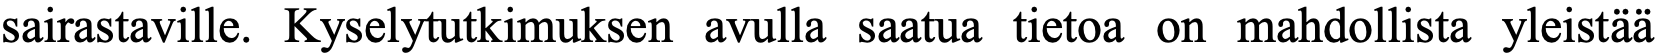
sairastaville. Kyselytutkimuksen avulla saatua tietoa on mahdollista yleistää